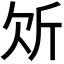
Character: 𭤠